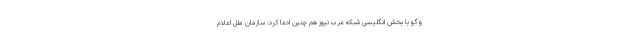
وگو با بخش انگلیسی شبکه عرب نیوز هم چنین ادعا کرد: سازمان ملل اعلام